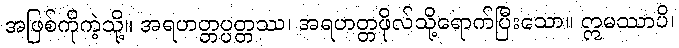
အဖြစ်ကိုကဲ့သို့။ အရဟတ္တပ္ပတ္တဿ၊ အရဟတ္တဖိုလ်သို့ရောက်ပြီးသော။ ဣမဿာပိ၊